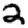
Digit: 2